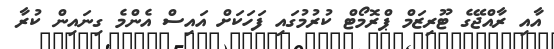
އާއި ރާއްޖޭގެ ޓޫރިޒަމް ޕްރޮމޯޓް ކުރުމުގައި ފަހަކަށް އައިސް އެންމެ ގިނައިން ކުރާ